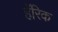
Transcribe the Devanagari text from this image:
हॅरिक